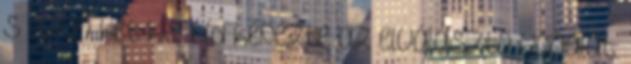
s azon két kis híd képezte az elválasztó vonalat: